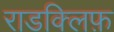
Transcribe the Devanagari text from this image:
राडक्लिफ़